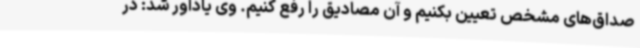
صداق‌های مشخص تعیین بکنیم و آن مصادیق را رفع کنیم. وی یادآور شد: در